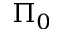
\Pi _ { 0 }